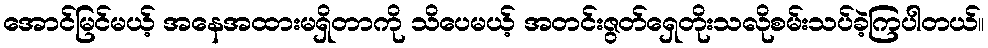
အောင်မြင်မယ့် အနေအထားမရှိတာကို သိပေမယ့် အတင်းဇွတ်ရှေတိုးသလိုစမ်းသပ်ခဲ့ကြပါတယ်။